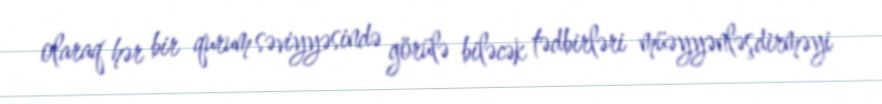
olaraq hər bir qurum səviyyəsində görülə biləcək tədbirləri müəyyənləşdirməyi